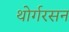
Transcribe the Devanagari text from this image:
थोर्गरसन